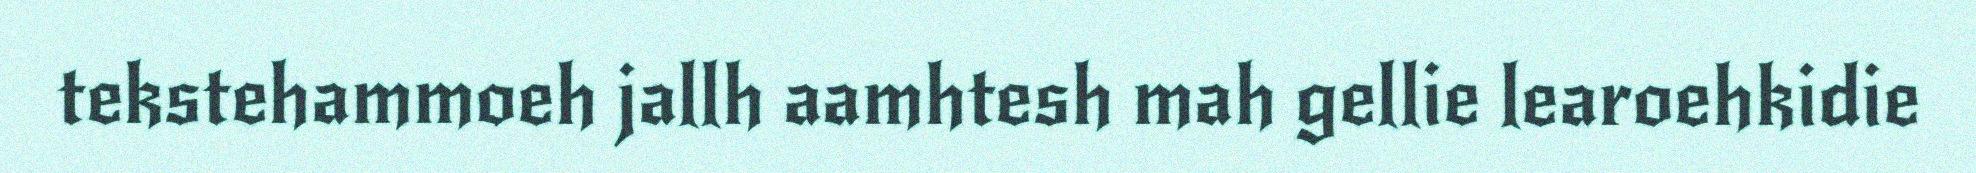
tekstehammoeh jallh aamhtesh mah gellie learoehkidie